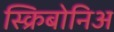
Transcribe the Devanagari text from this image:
स्क्रिबोनिअ